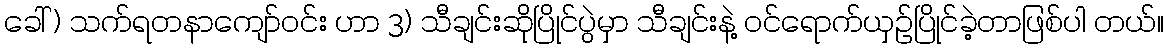
ခေါ် ) သက်ရတနာကျော်ဝင်း ဟာ 3) သီချင်းဆိုပြိုင်ပွဲမှာ သီချင်းနဲ့ ဝင်ရောက်ယှဉ်ပြိုင်ခဲ့တာဖြစ်ပါ တယ်။